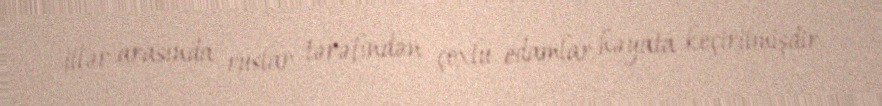
illər arasında ruslar tərəfindən çoxlu edamlar həyata keçirilmişdir.